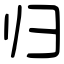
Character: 归